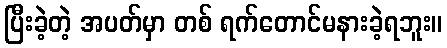
ပြီးခဲ့တဲ့ အပတ်မှာ တစ် ရက်တောင်မနားခဲ့ရဘူး။